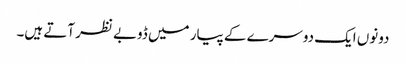
دونوں ایک دوسرے کے پیار میں ڈوبے نظر آتے ہیں۔